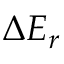
\Delta E _ { r }